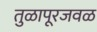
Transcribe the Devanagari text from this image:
तुळापूरजवळ